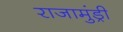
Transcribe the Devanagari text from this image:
राजामुंड्री